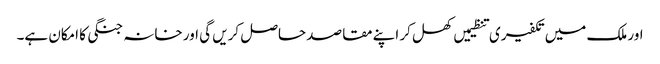
اور ملک میں تکفیری تنظیمیں کھل کر اپنے مقاصد حاصل کریں گی اور خانہ جنگی کا امکان ہے۔